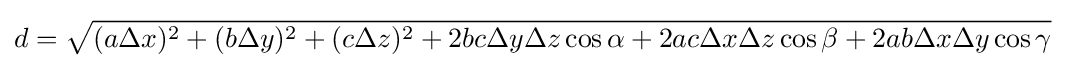
d={\sqrt {(a\Delta x)^{2}+(b\Delta y)^{2}+(c\Delta z)^{2}+2bc\Delta y\Delta z\cos \alpha +2ac\Delta x\Delta z\cos \beta +2ab\Delta x\Delta y\cos \gamma }}